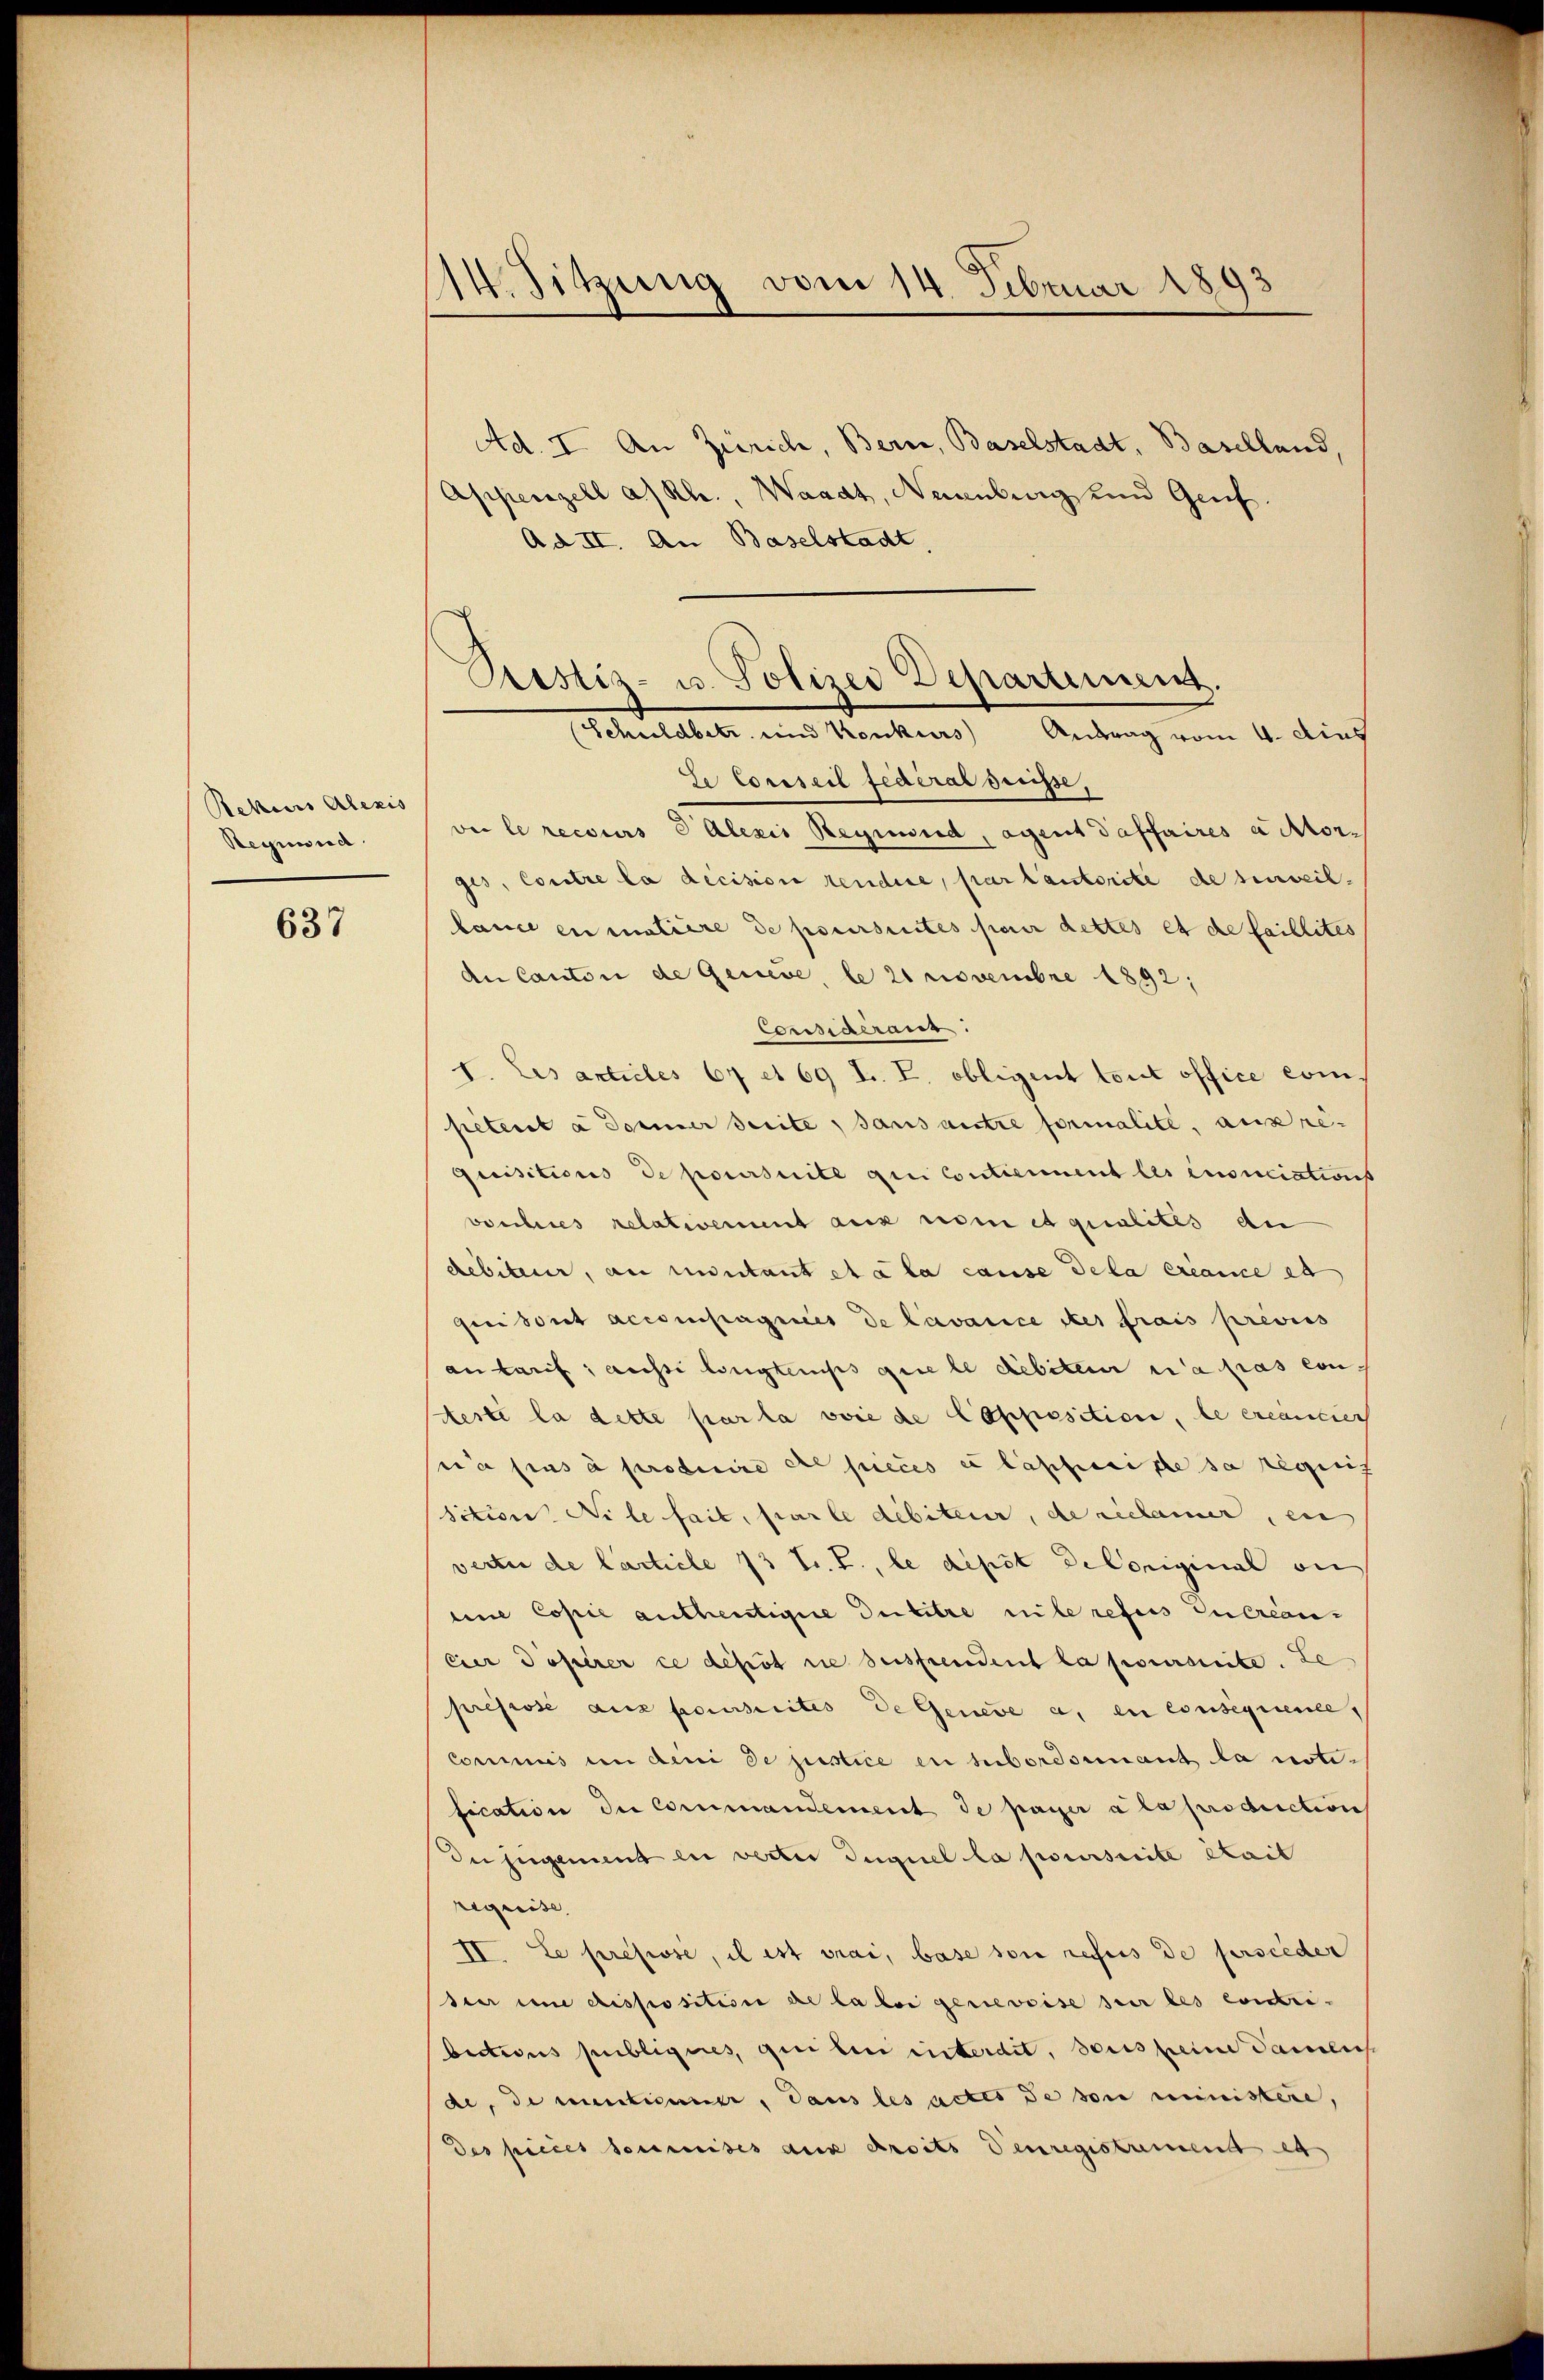
Rekurs Alexis
Segnund

637

14. Sitzung vom 14. Februar 189

Ad. I. An Zürich, Bern, Baselstadt, Baselland,
Appenzell a/Rh., Waadt, Neuenburg und Genf.
Ad II. An Baselstadt

Pustiz- u. Polizei Departement.
Schuldbetr. und Konkurs Antrag vom 4. dies

de Conseil federal Grisse
ver le recours d Alexis Reymond, agent daffaires actor-
ges, Contre la décision rendire, par lautorité de serweil,
lance en matière de poursuites pour dettes et de faillites
An Canton de Geneve le 21 Novembre 1892:
Consacranz.
1. Les articles 67 et 69 J. L. Obligent tout office com-
petent à donner Seite, sans autre formalite, aus requisitions de poursuite ain Contiement les énonciations
vosches relativement aux nom et qualites an
debiteur, an miutant et a la cause dela créance et
gen sont accompagnis de lavarice des frais previs
antarif; aussi longtemps que le debiteur n’a pas con-
Aeste la dette par la voie de Copposition, le créancier
sera pas à produire de pieces et lasses de sa requis
sition Nr le fait, par le débiteur, de reclamer, en
verter de Carticle 13 tr. T., le dipst decoriginal ein
eine Copie antheutigere Du titre nie refus Euereans
Eier doserer ce depot sie seisfreudent la poursuite. Le
prepisse aus poursuites de Geneve a. in consequence,
Commis in dini de justice en subordonnant la notification der Commandement de passer a la production
du jugement en verter duquel la poursuite Stait
regreise,
IV. Le pressé, il ist drai, base son refus de persieder
seer um disposition de la loi genevoise sei les contri-
bections publigires, qui beni interdit, sous peine Damlich
de, die intimer, dans les actes de sie ministere,
des pieces soumises aux droits denregistrement es